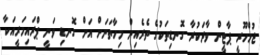
ޖުމްހޫރީ ޕާޓީން ވާދަކުރާ ގޮނޑިތަކުގެ ތެރެއިން މިހާތަނަށް އަށް ގޮނޑި ވަނީ ޕްރައިމަރީއަކާ